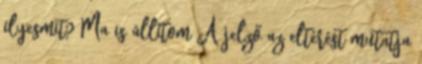
ilyesmit? Ma is állítom A jelző az eltérést mutatja